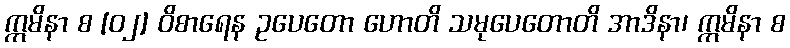
ဣမိနာ စ [၀၂] ဝိစာရေန ဥပေတော ဟောတိ သမုပေတောတိ အာဒိနာ၊ ဣမိနာ စ